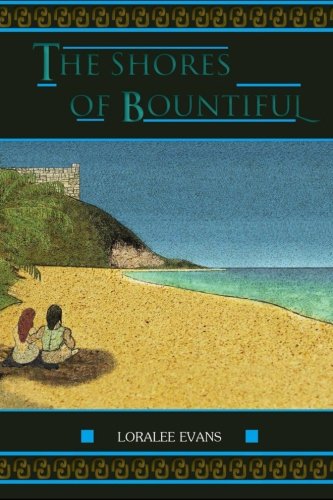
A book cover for The Shores of Bountiful; Loralee Evans; Romance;